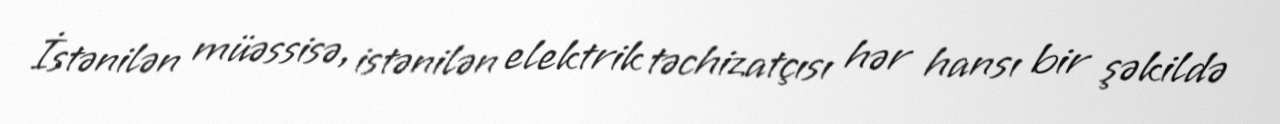
İstənilən müəssisə, istənilən elektrik təchizatçısı hər hansı bir şəkildə